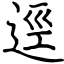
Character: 逕